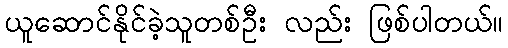
ယူဆောင်နိုင်ခဲ့သူတစ်ဦး လည်း ဖြစ်ပါတယ်။